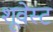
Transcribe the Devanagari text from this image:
शूवेस्ट